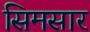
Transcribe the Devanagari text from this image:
सिमसार